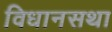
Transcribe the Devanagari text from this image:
विधानसथा